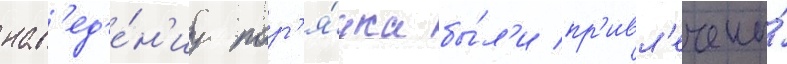
нав'ед'е́н'иу пор'я́дка бы́л'и пр'ивл'ечены́